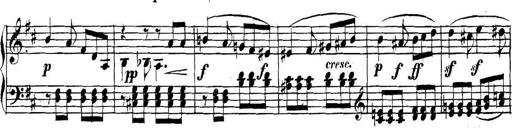
Title: Collected Piano Sonatas
Composer: Muzio Clementi